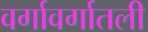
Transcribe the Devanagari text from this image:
वर्गावर्गातली